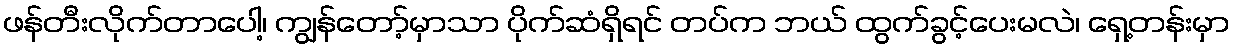
ဖန်တီးလိုက်တာပေါ့၊ ကျွန်တော့်မှာသာ ပိုက်ဆံရှိရင် တပ်က ဘယ် ထွက်ခွင့်ပေးမလဲ၊ ရှေ့တန်းမှာ